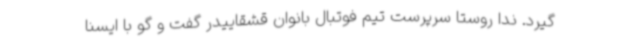
گیرد. ندا روستا سرپرست تیم فوتبال بانوان قشقاییدر گفت و گو با ایسنا